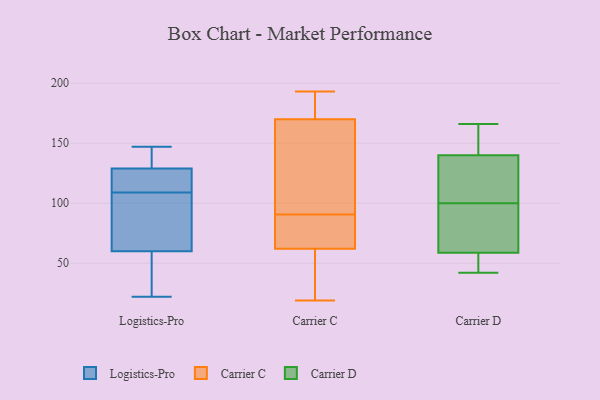
{"axis": {"x": "Production Output", "y": "Value"}, "legend": ["Carrier C", "Carrier D", "Logistics-Pro"], "data": [{"x": "", "y": 60, "type": "Logistics-Pro"}, {"x": "", "y": 22, "type": "Logistics-Pro"}, {"x": "", "y": 142, "type": "Logistics-Pro"}, {"x": "", "y": 129, "type": "Logistics-Pro"}, {"x": "", "y": 31, "type": "Logistics-Pro"}, {"x": "", "y": 60, "type": "Logistics-Pro"}, {"x": "", "y": 115, "type": "Logistics-Pro"}, {"x": "", "y": 119, "type": "Logistics-Pro"}, {"x": "", "y": 120, "type": "Logistics-Pro"}, {"x": "", "y": 37, "type": "Logistics-Pro"}, {"x": "", "y": 135, "type": "Logistics-Pro"}, {"x": "", "y": 147, "type": "Logistics-Pro"}, {"x": "", "y": 103, "type": "Logistics-Pro"}, {"x": "", "y": 98, "type": "Logistics-Pro"}, {"x": "", "y": 153, "type": "Carrier C"}, {"x": "", "y": 188, "type": "Carrier C"}, {"x": "", "y": 27, "type": "Carrier C"}, {"x": "", "y": 181, "type": "Carrier C"}, {"x": "", "y": 82, "type": "Carrier C"}, {"x": "", "y": 19, "type": "Carrier C"}, {"x": "", "y": 62, "type": "Carrier C"}, {"x": "", "y": 83, "type": "Carrier C"}, {"x": "", "y": 193, "type": "Carrier C"}, {"x": "", "y": 170, "type": "Carrier C"}, {"x": "", "y": 84, "type": "Carrier C"}, {"x": "", "y": 97, "type": "Carrier C"}, {"x": "", "y": 154, "type": "Carrier C"}, {"x": "", "y": 53, "type": "Carrier C"}, {"x": "", "y": 42, "type": "Carrier D"}, {"x": "", "y": 164, "type": "Carrier D"}, {"x": "", "y": 95, "type": "Carrier D"}, {"x": "", "y": 73, "type": "Carrier D"}, {"x": "", "y": 53, "type": "Carrier D"}, {"x": "", "y": 54, "type": "Carrier D"}, {"x": "", "y": 149, "type": "Carrier D"}, {"x": "", "y": 113, "type": "Carrier D"}, {"x": "", "y": 100, "type": "Carrier D"}, {"x": "", "y": 112, "type": "Carrier D"}, {"x": "", "y": 166, "type": "Carrier D"}]}